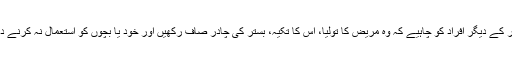
گھر کے دیگر افراد کو چاہیے کہ وہ مریض کا تولیا، اس کا تکیہ، بستر کی چادر صاف رکھیں اور خود یا بچوں کو استعمال نہ کرنے دیں۔